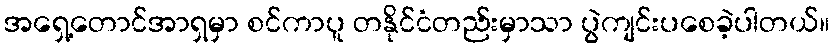
အရှေ့တောင်အာရှမှာ စင်ကာပူ တနိုင်ငံတည်းမှာသာ ပွဲကျင်းပစေခဲ့ပါတယ်။